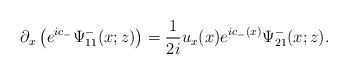
LaTeX: \begin{align*}\partial_x\left(e^{ic_-} \Psi^-_{11}(x ;z)\right)=\frac{1}{2i} u_x(x)e^{ic_-(x)} \Psi^-_{21}(x ;z).\end{align*}